Civil Veterinary Department Bihar & Orissa reports 1929-36 - 1929-1936
Year: 1929
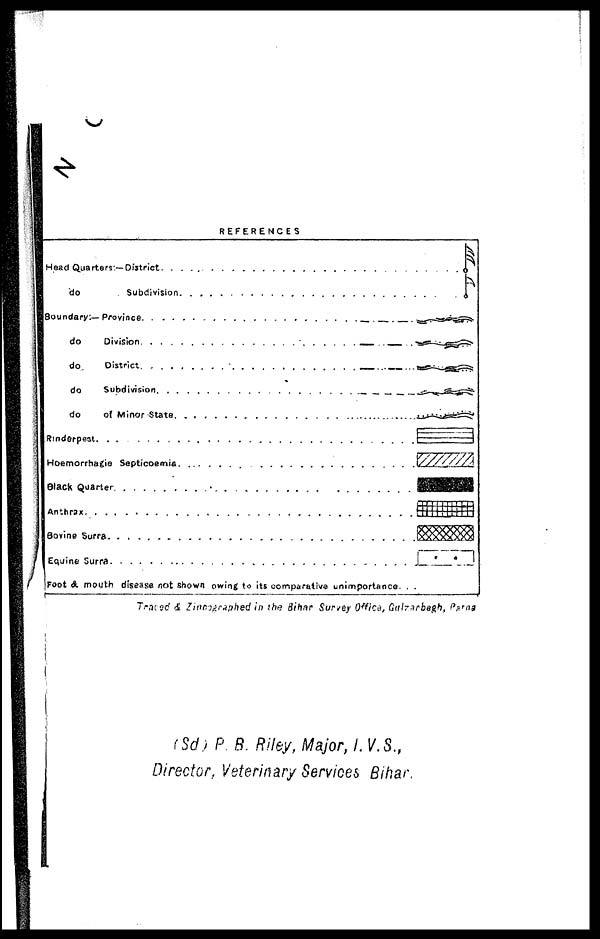
(Sd, P B. Riley, Major, I.V.S.,
Director, Veterinary Services Bihar